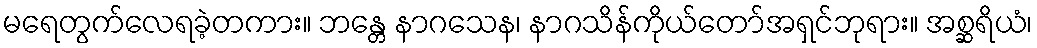
မရေတွက်လေရခဲ့တကား။ ဘန္တေ နာဂသေန၊ နာဂသိန်ကိုယ်တော်အရှင်ဘုရား။ အစ္ဆရိယံ၊